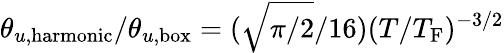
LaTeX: \theta_{u,\mathrm{harmonic}}/\theta_{u,\mathrm{box}}=(\sqrt{\pi/2}/16)(T/T_{\mathrm{F}})^{-3/2}